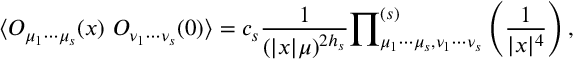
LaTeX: \langle { \cal O } _ { \mu _ { 1 } \cdots \mu _ { s } } ( x ) ~ { \cal O } _ { \nu _ { 1 } \cdots \nu _ { s } } ( 0 ) \rangle = c _ { s } \frac { 1 } { ( | x | \mu ) ^ { 2 h _ { s } } } { \prod } _ { \mu _ { 1 } \cdots \mu _ { s } , \nu _ { 1 } \cdots \nu _ { s } } ^ { ( s ) } \left( \frac { 1 } { | x | ^ { 4 } } \right) ,